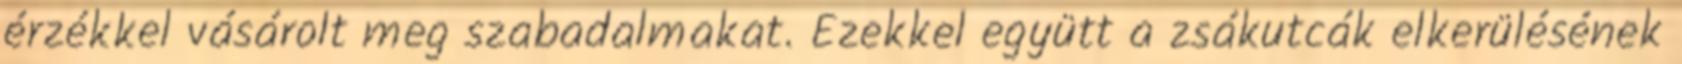
érzékkel vásárolt meg szabadalmakat. Ezekkel együtt a zsákutcák elkerülésének